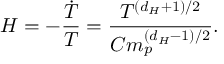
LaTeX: H = - \frac { \dot { T } } { T } = \frac { T ^ { ( d _ { H } + 1 ) / 2 } } { C m _ { p } ^ { ( d _ { H } - 1 ) / 2 } } .